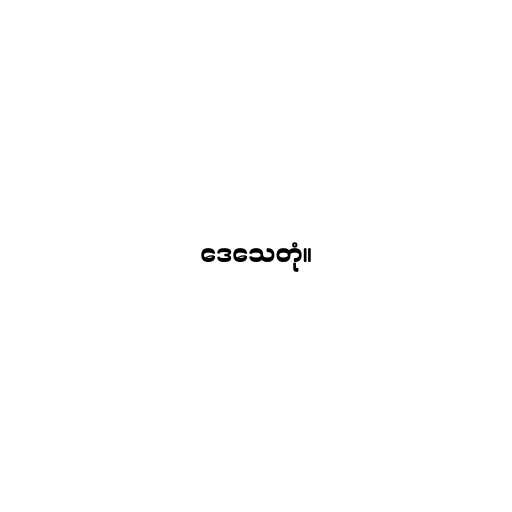
ဒေသေတုံ။